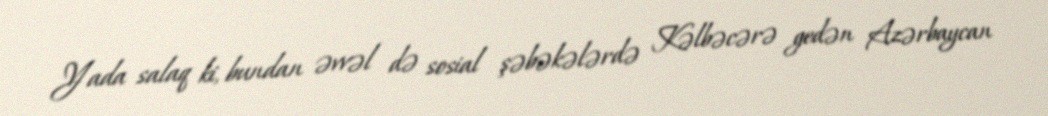
Yada salaq ki, bundan əvvəl də sosial şəbəkələrdə Kəlbəcərə gedən Azərbaycan